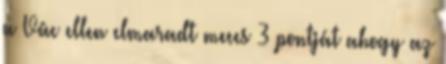
a Vác ellen elmaradt meccs 3 pontját ahogy az